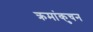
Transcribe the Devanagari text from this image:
क्रमांकुचन